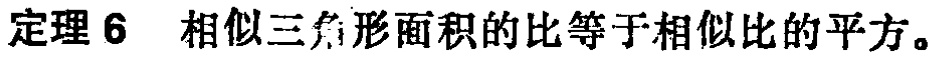
定理 6 相似三角形面积的比等于相似比的平方。